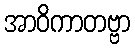
အာဝိကာတဗ္ဗာ